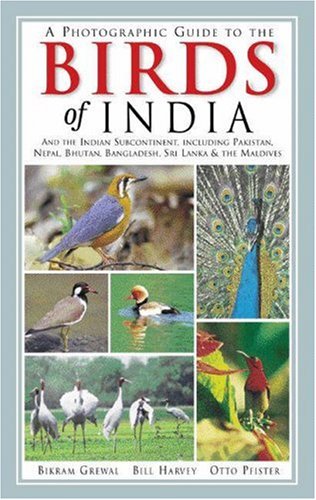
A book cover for A Photographic Guide to the Birds of India: And the Indian Subcontinent, Including Pakistan, Nepal, Bhutan, Bangladesh, Sri Lanka, and the Maldives (Princeton Field Guides); Bikram Grewal; Travel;